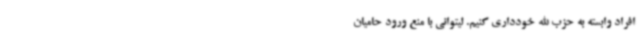
افراد وابسته به حزب الله خودداری کنیم. لیتوانی با منع ورود حامیان